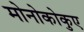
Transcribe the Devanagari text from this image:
मोनोकोकुए